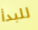
للبدأ